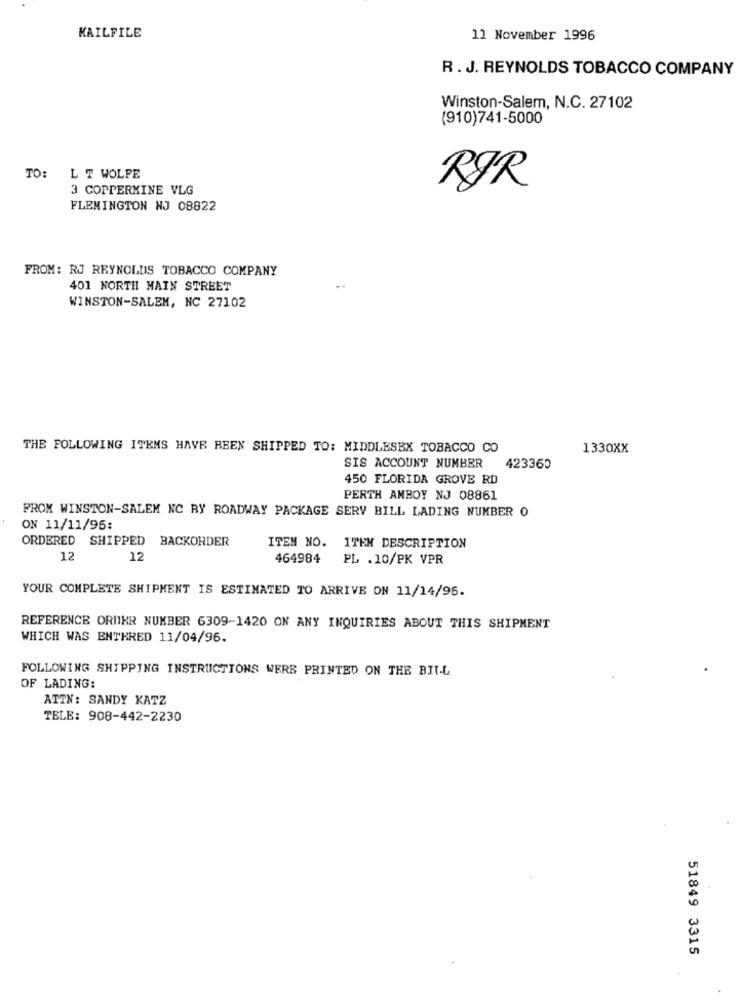
KAILFILE
11 November 1996
R. J. REYNOLDS TOBACCO COMPANY
Winston-Salem, N.C. 27102
(910)741-5000
TO: L T WOLFE
3 COPPERMINE VLG
RØR
FLEMINGTON NJ 08822
FROM: RJ REYNOLDS TOBACCO COMPANY
401 NORTH MAIN STREET
WINSTON-SALEM, NC 27102
THE FOLLOWING ITEMS HAVE BEEN SHIPPED TO: MIDDLESEX TOBACCO CO
1330XX
SIS ACCOUNT NUMBER
423360
450 FLORIDA GROVE RD
PERTH AMBOY NJ 08861
FROM WINSTON-SALEM NC BY ROADWAY PACKAGE SERV BILL LADING NUMBER O
ON 11/11/96:
ORDERED SHIPPED BACKORDER
ITEM NO. ITEM DESCRIPTION
12
12
464984
PL . 10/PK VPR
YOUR COMPLETE SHIPMENT IS ESTIMATED TO ARRIVE ON 11/14/96.
REFERENCE ORDER NUMBER 6309-1420 ON ANY INQUIRIES ABOUT THIS SHIPMENT
WHICH WAS ENTERED 11/04/96.
FOLLOWING SHIPPING INSTRUCTIONS WERE PRINTED ON THE BIT.L
OF LADING:
ATTN: SANDY KATZ
TELE: 908-442-2230
51849 3315